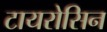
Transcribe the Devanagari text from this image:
टायरोसिन